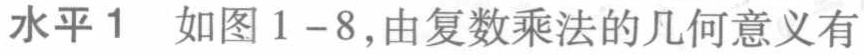
水平1  如图1 - 8,由复数乘法的几何意义有